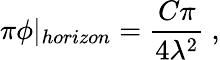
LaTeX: \pi\phi\vert_{horizon}=\frac{C\pi}{4\lambda^{2}}\ ,